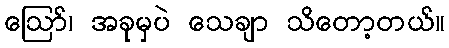
ဩော်၊ အခုမှပဲ သေချာ သိတော့တယ်။